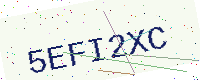
Text: 5EFI2XC